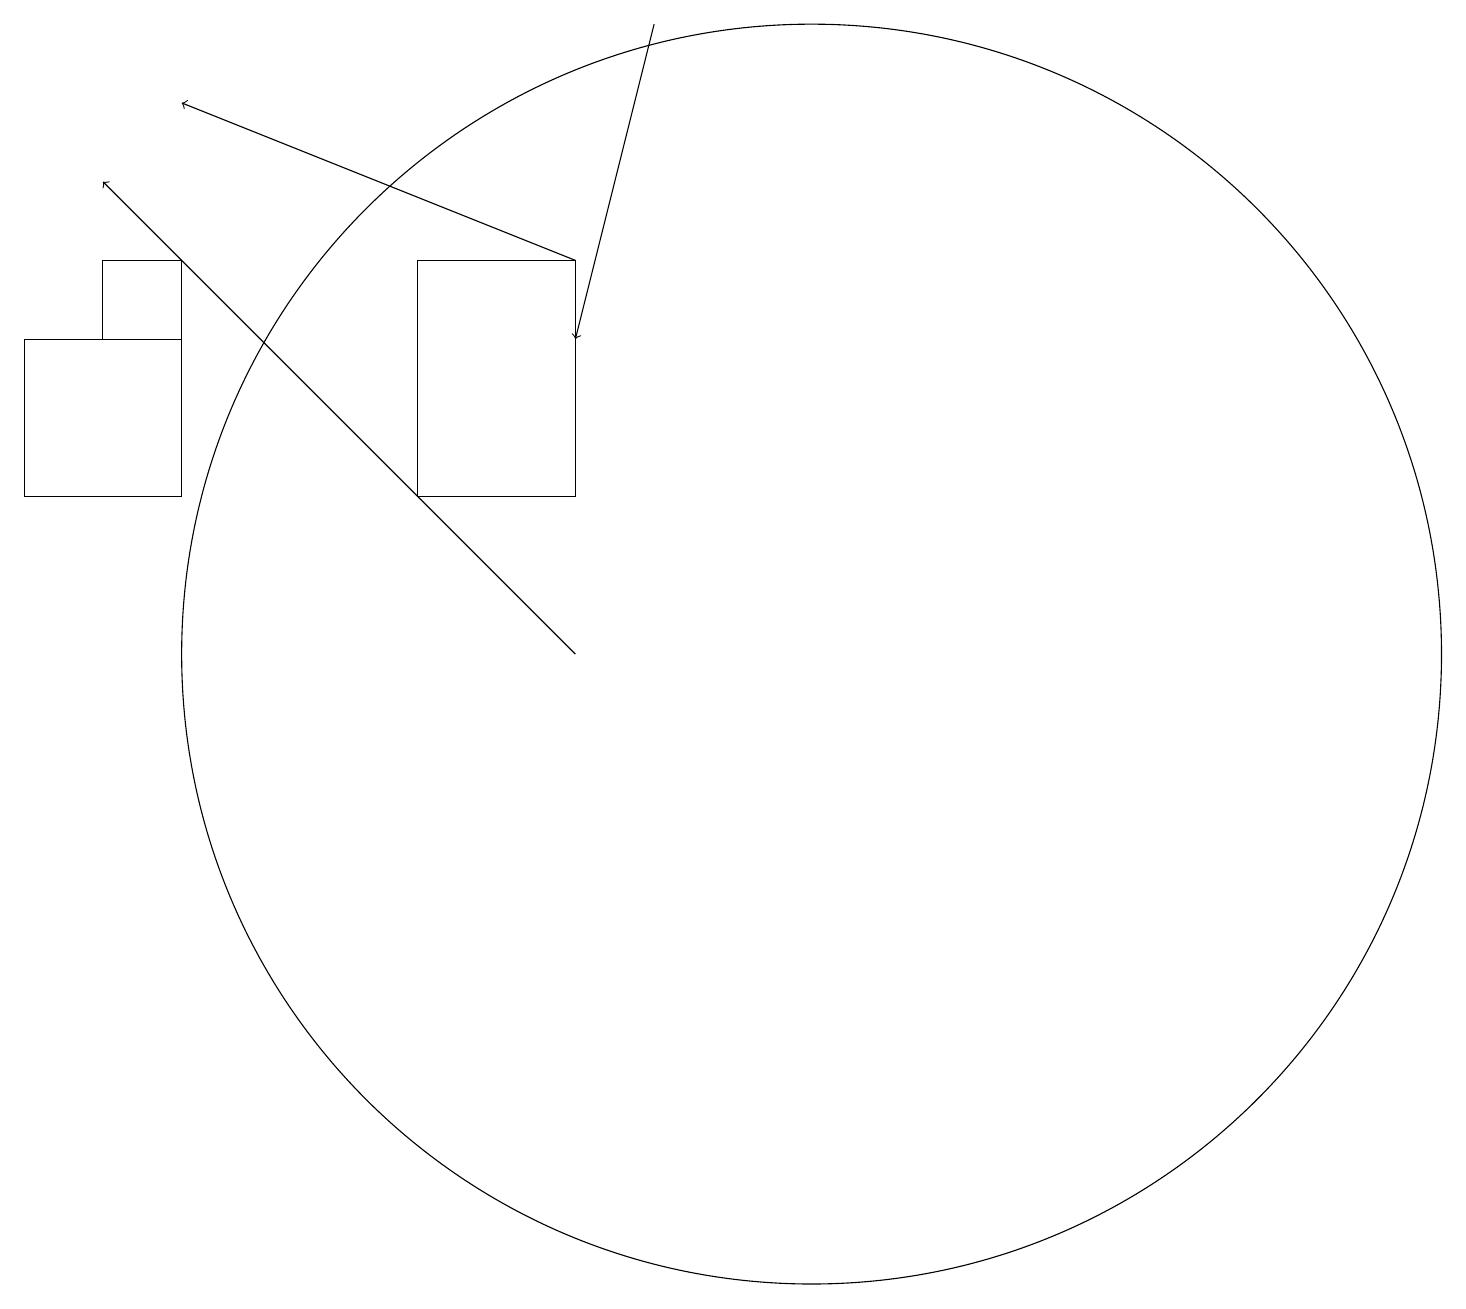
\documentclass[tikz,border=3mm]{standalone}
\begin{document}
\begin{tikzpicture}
\draw (0,14) rectangle (2,12);
\draw (2,14) rectangle (1,15);
\draw[->] (7,10) -- (1,16);
\draw (10,10) circle (8);
\draw[->] (7,15) -- (2,17);
\draw (5,15) rectangle (7,12);
\draw[->] (8,18) -- (7,14);
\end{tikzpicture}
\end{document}